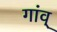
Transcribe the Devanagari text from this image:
गांव्